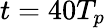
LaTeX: t=40T_{p}